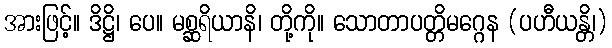
အားဖြင့်။ ဒိဋ္ဌိ၊ ပေ။ မစ္ဆရိယာနိ၊ တို့ကို။ သောတာပတ္တိမဂ္ဂေန (ပဟီယန္တိ၊)